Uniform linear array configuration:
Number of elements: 64
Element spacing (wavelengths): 1
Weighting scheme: hann
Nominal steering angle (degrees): -45
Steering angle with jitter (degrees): -44.576
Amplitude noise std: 0.05
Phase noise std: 0.05

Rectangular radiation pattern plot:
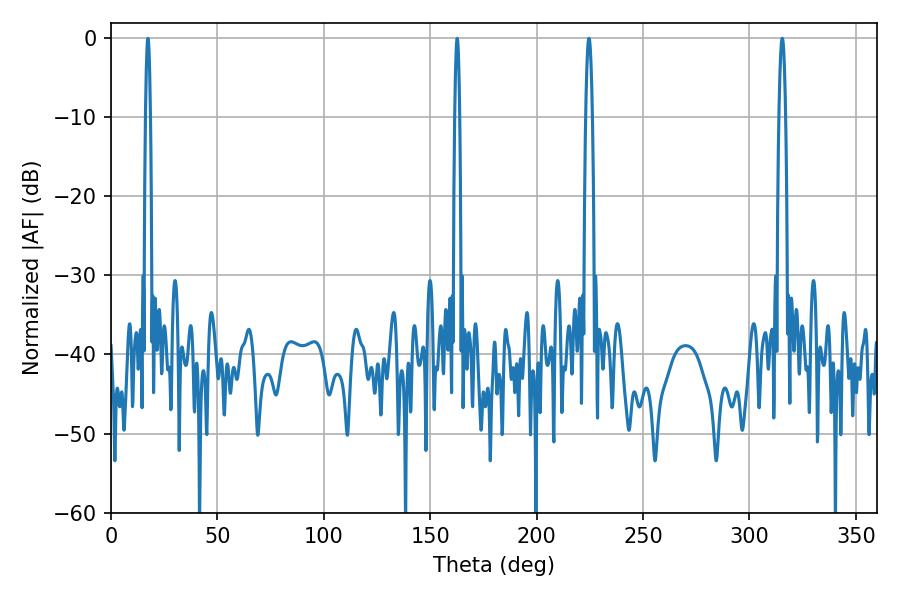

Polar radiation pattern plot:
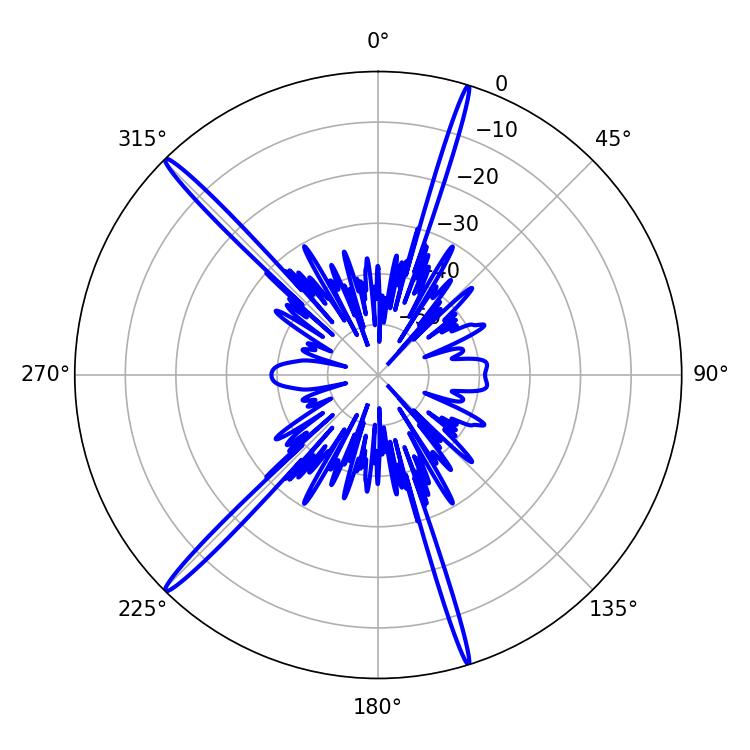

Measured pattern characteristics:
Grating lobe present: TRUE
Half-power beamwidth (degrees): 1.62
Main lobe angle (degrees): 315.36